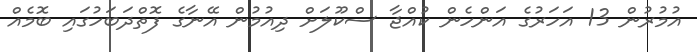
އުމުރުން 13 އަހަރުގެ އަންހެން ކުއްޖާ ސްކޫލަށް ދިއުމުން އޭނާގެ ފޮތްދަބަހުގައި ބޮމެއް